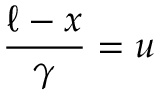
\frac { \ell - x } { \gamma } = u